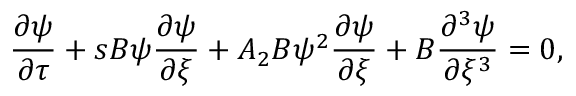
\frac { \partial \psi } { \partial \tau } + s B \psi \frac { \partial \psi } { \partial \xi } + A _ { 2 } B \psi ^ { 2 } \frac { \partial \psi } { \partial \xi } + B \frac { \partial ^ { 3 } \psi } { \partial \xi ^ { 3 } } = 0 ,